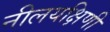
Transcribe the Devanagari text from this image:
नीलयक्षिणी